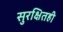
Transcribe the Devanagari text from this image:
सुरक्षितही